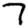
Digit: 7